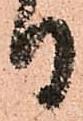
日